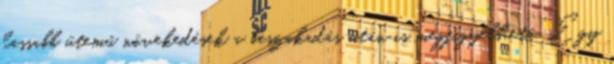
lassabb ütemű növekedések a beszakadás után is megfigyelhető. Egy